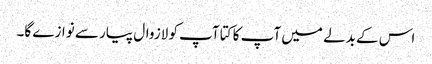
اس کے بدلے میں آپ کا کتا آپ کو لازوال پیار سے نوازے گا۔